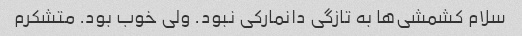
سلام کشمشی‌ها به تازگی دانمارکی نبود. ولی خوب بود. متشکرم